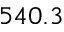
5 4 0 . 3